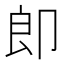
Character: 𭅺